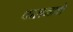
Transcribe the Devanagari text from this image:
पालनाचे